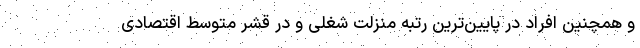
و همچنین افراد در پایین‌ترین رتبه منزلت شغلی و در قشر متوسط اقتصادی